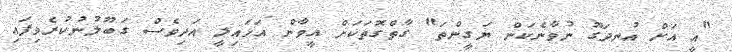
"އީ އަށް އުނދަގޫ ނުވާނެކަން ޔަގީންތަ" ގާތްގޮތަކަށް އީވާން އަހައިލީ އަދިވެސް ގަބޫލުނުކުރެވިފައި